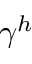
\gamma ^ { h }